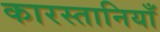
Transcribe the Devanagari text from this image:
कारस्तानियाँ